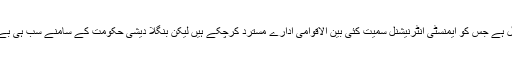
یہ وہی بدنام ٹریبونل ہے جس کو ایمنسٹی انٹرنیشنل سمیت کئی بین الاقوامی ادارے مسترد کرچکے ہیں لیکن بنگلا دیشی حکومت کے سامنے سب ہی بے بس نظر آتے ہیں۔